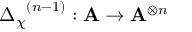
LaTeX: { { \Delta } _ { \chi } } ^ { ( n - 1 ) } : \mathbf { A } \rightarrow { \mathbf { A } } ^ { \otimes n }